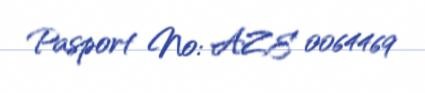
Pasport №: AZE 0064469